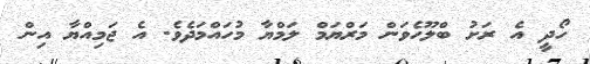
ހޯދީ އެ ރަށު ބްލޫހެވަން މަރްޔަމް ލަމްޔާ މުހައްމަދެވެ. އެ ޖަމިއްޔާ އިން